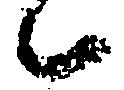
候